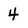
Character: 4